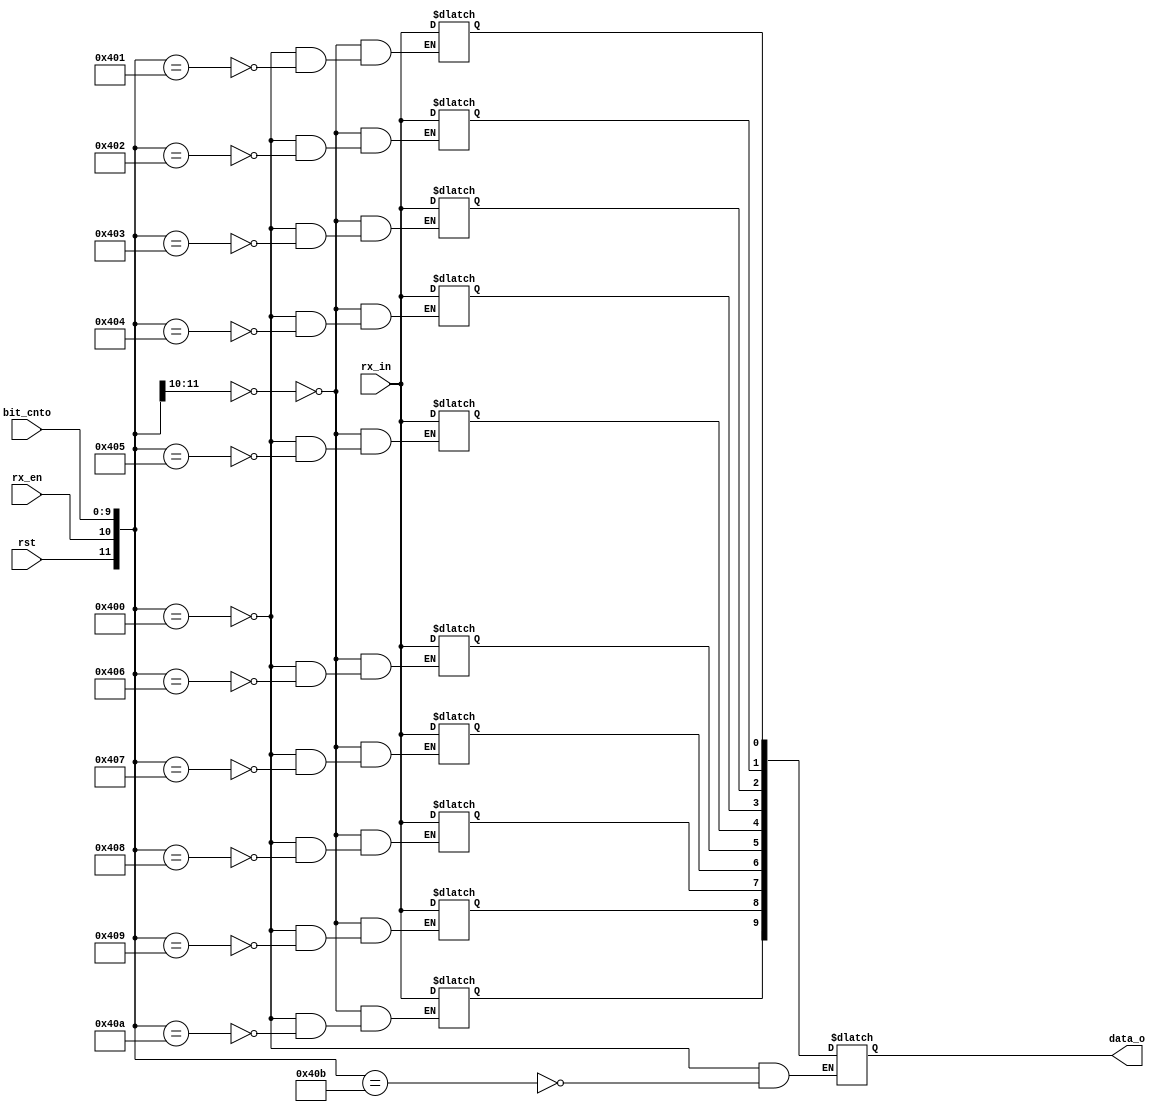
module rx_ten_eight_dp
(
	input wire			rst,
	input wire			rx_en,
	input wire			rx_in,
	input wire [9:0]  bit_cnto,
	
	output reg	[9:0] data_o
);

reg d0;
reg d1;
reg d2;
reg d3;
reg d4;
reg d5;
reg d6;
reg d7;
reg d8;
reg d9;

always @ *
begin

	casex ({rst, rx_en, bit_cnto})
	
	{1'b1, 1'bx, 10'dx, 1'bx}: {data_o, d0, d1, d2, d3, d4, d5, d6, d7, d8, d9} = {10'dx, 1'dx, 1'dx, 1'dx, 1'dx, 1'dx, 1'dx, 1'dx, 1'dx, 1'dx, 1'dx};
	
	{1'b0, 1'b0, 10'dx}: {d0, d1, d2, d3, d4, d5, d6, d7, d8, d9} = {1'dx, 1'dx, 1'dx, 1'dx, 1'dx, 1'dx, 1'dx, 1'dx, 1'dx, 1'dx};
	
	{1'b0, 1'b1, 10'd0}: {data_o, d0, d1, d2, d3, d4, d5, d6, d7, d8, d9} = {10'dx, 1'dx, 1'dx, 1'dx, 1'dx, 1'dx, 1'dx, 1'dx, 1'dx, 1'dx, 1'dx};
	
	{1'b0, 1'b1, 10'd1}:  d0 <= rx_in;
	{1'b0, 1'b1, 10'd2}:  d1 <= rx_in;
	{1'b0, 1'b1, 10'd3}:  d2 <= rx_in;
	{1'b0, 1'b1, 10'd4}:  d3 <= rx_in;
	{1'b0, 1'b1, 10'd5}:  d4 <= rx_in;
	{1'b0, 1'b1, 10'd6}:  d5 <= rx_in;
	{1'b0, 1'b1, 10'd7}:  d6 <= rx_in;
	{1'b0, 1'b1, 10'd8}:  d7 <= rx_in;
	{1'b0, 1'b1, 10'd9}:  d8 <= rx_in;
	{1'b0, 1'b1, 10'd10}: d9 <= rx_in;
	
	{1'b0, 1'b1, 10'd11}: data_o <= {d9, d8, d7, d6, d5, d4, d3, d2, d1, d0};
	
	endcase
	
end

endmodule